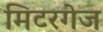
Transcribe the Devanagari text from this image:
मिटरगेज